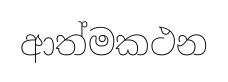
ආත්මකථන